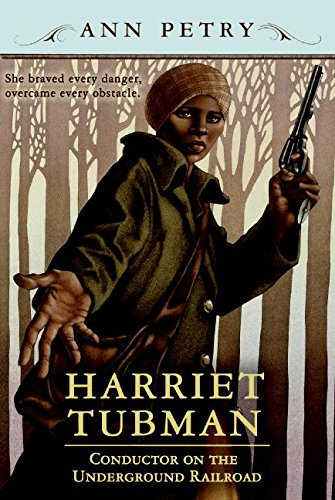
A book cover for Harriet Tubman: Conductor on the Underground Railroad; Ann Petry; Children's Books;